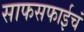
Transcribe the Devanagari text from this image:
साफसफाईचं